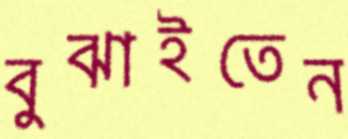
বুঝাইতেন